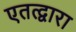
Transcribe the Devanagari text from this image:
एतत्द्वारा